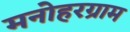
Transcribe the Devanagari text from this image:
मनोहरग्राम